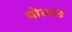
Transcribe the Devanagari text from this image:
बोलांड